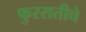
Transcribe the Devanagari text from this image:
फुरसतीचे